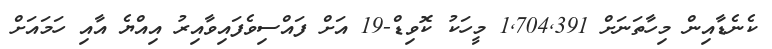
ކެނެޑާއިން މިހާތަނަށް 1